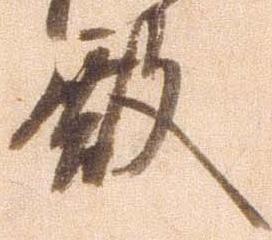
殿